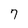
Character: 7